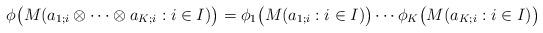
LaTeX: \begin{align*}\phi\big(M(a_{1;i}\otimes\cdots\otimes a_{K;i}:i\in I)\big)=\phi_1\big(M(a_{1;i}:i\in I)\big)\cdots\phi_K\big(M(a_{K;i}:i\in I)\big)\end{align*}